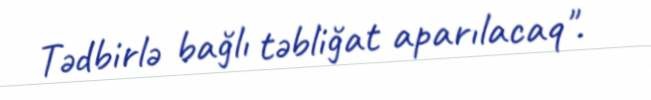
Tədbirlə bağlı təbliğat aparılacaq".